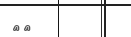
١١